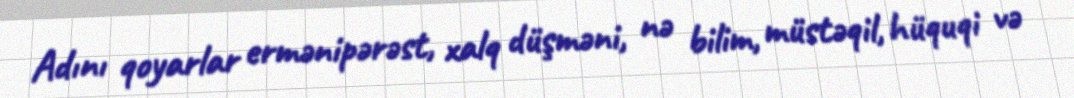
Adını qoyarlar ermənipərəst, xalq düşməni, nə bilim, müstəqil, hüquqi və